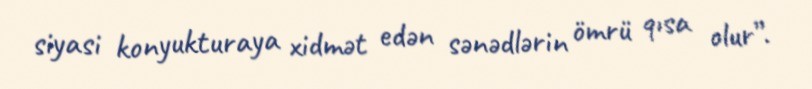
siyasi konyukturaya xidmət edən sənədlərin ömrü qısa olur”.